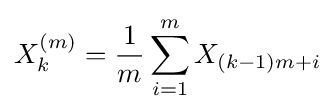
X_{k}^{(m)}={\frac {1}{m}}\sum _{i=1}^{m}X_{(k-1)m+i}